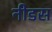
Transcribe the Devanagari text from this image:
नीडस